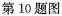
第10题图